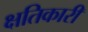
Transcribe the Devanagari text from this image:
क्षतिकारी